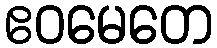
ဧဝမေတေ